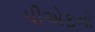
પીએફનો